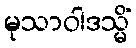
မုသာဝါဒသ္မိံ